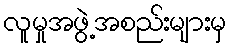
လူမှုအဖွဲ့အစည်းများမှ